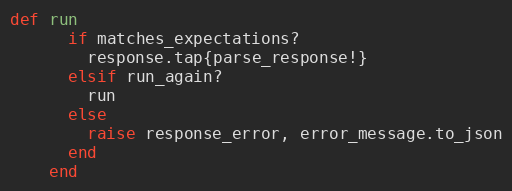
Language: Ruby
def run
      if matches_expectations?
        response.tap{parse_response!}
      elsif run_again?
        run
      else
        raise response_error, error_message.to_json
      end
    end